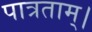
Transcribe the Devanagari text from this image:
पात्रताम्।